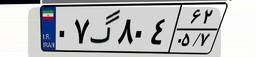
۰۷گ۸۰۴۶۲